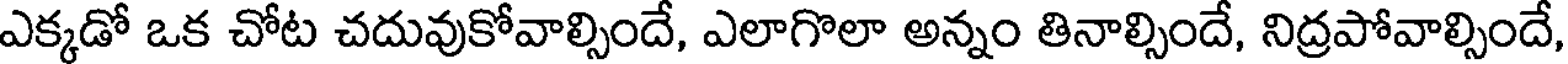
ఎక్కడో ఒక చోట చదువుకోవాల్సిందే, ఎలాగొలా అన్నం తినాల్సిందే, నిద్రపోవాల్సిందే